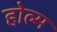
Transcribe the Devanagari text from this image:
होल्म